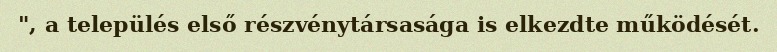
", a település első részvénytársasága is elkezdte működését.